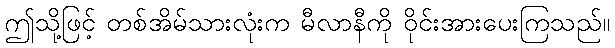
ဤသို့ဖြင့် တစ်အိမ်သားလုံးက မီလာနီကို ဝိုင်းအားပေးကြသည်။